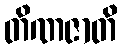
တိဏဇာတိ